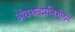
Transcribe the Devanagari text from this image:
अंधश्रद्धानिर्मूलन